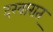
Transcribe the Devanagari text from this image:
दरबारात्